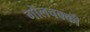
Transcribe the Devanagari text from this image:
गोलचक्की